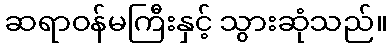
ဆရာဝန်မကြီးနှင့် သွားဆုံသည်။